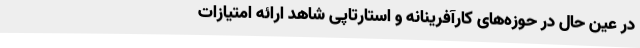
در عین حال در حوزه‌های کارآفرینانه و استارتاپی شاهد ارائه امتیازات